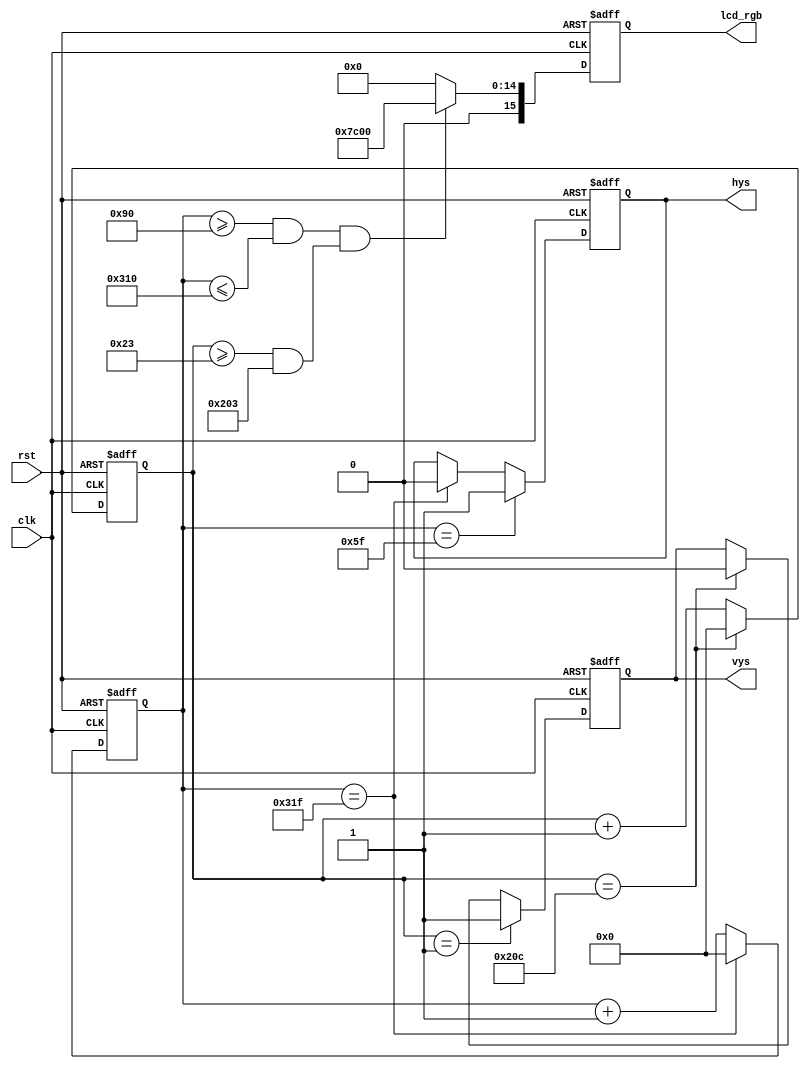

module color (
	
		rst 		 ,
		clk 		 ,
		hys			 ,
		vys 		 ,
		lcd_rgb 

);

input   clk 	       ;
input   rst 		   ;
output  hys            ;
output  vys			   ;
output  [15:0] lcd_rgb ;

//
reg [9:0] 	h_cnt 	   ;
wire 		add_h_cnt  ;
wire 		end_h_cnt  ;

reg [9:0]   v_cnt      ;
wire 		add_v_cnt  ;
wire 		end_v_cnt  ;

reg [15:0]  lcd_rgb    ;

reg 		   hys 		;
reg         vys  		;
reg         red_area	;

//800clk

always @(posedge clk or negedge rst) begin
	if (rst==1'b0) begin
		h_cnt <= 0 ;
	end
	else if (add_h_cnt) begin
		 if(end_h_cnt)
		 h_cnt <= 0 ;
		 else 
		 h_cnt <= h_cnt + 1 ;
	end
end
assign add_h_cnt = 1 ;
assign end_h_cnt = add_h_cnt && h_cnt == 800 - 1    ;



//
always @(posedge clk or negedge rst) begin
	if (rst==1'b0) begin
		hys <= 0 ;
	end
	else if (add_h_cnt && h_cnt ==96 -1) begin
	    hys <= 1 ;
	end
	else if(end_h_cnt) begin 
		hys <= 0 ;
    end
end


 //  v_cnt 
 //  

always @(posedge clk or negedge rst) begin
	if (!rst) begin
		v_cnt <= 0 ;
	end
	else if (add_v_cnt) begin 
		 if(end_v_cnt)
		 v_cnt <= 0 ;
		 else 
		 v_cnt <= v_cnt + 1 ; 
	end
end

assign  add_v_cnt = 1 ;
assign  end_v_cnt =  add_v_cnt && v_cnt == 525 - 1 ;


// vysv_cnt

always @(posedge clk or negedge rst) begin
	if (!rst) begin
		vys <= 1'b0 ;
	end
	else if (add_v_cnt && v_cnt == 2 - 1) begin
		vys <= 1'b1 ;
		end
		else if(end_v_cnt)begin 
		vys <= 1'b0 ;
	end
end


// lcd_rgb16'b11111_00000_0000
//c
// h_cnt(96+48)96+48+640
// v_cnt(2+33)(2+33+480),
//red_area 

always @(*) begin
	red_area <=  (h_cnt >=(96+48) &&  h_cnt <=(96+48+640)) &&
	(v_cnt >=(2+33)&&(2+33+480)) ;

end


//red_area lcd_rgb 

always @(posedge clk or negedge rst) begin
	if (!rst) begin
		lcd_rgb <= 16'h0 ;
	end
	else if (red_area) begin
		lcd_rgb <= 16'h7c00 ;
	end
	else begin
		lcd_rgb <= 16'h0 ;
	end
end



endmodule